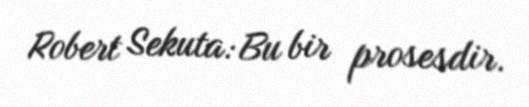
Robert Sekuta: Bu bir prosesdir.